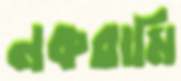
নকরামি